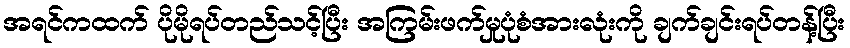
အရင်ကထက် ပိုမိုရပ်တည်သင့်ပြီး အကြမ်းဖက်မှုပုံစံအားလုံးကို ချက်ချင်းရပ်တန့်ပြီး